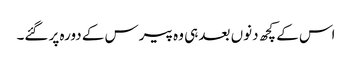
اس کے کچھ دنوں بعد ہی وہ پیرس کے دورہ پر گئے۔